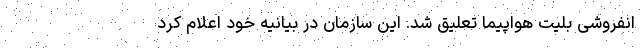
انفروشی بلیت هواپیما تعلیق شد. این سازمان در بیانیه خود اعلام کرد